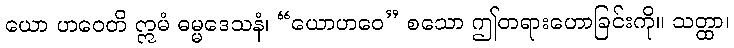
ယော ဟဝေတိ ဣမံ ဓမ္မဒေသနံ၊ “ယောဟဝေ” စသော ဤတရားဟောခြင်းကို။ သတ္ထာ၊